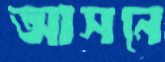
আসনে